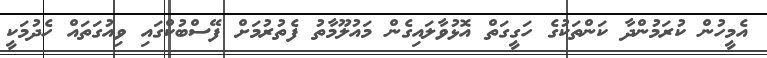
އެމީހުން ކުރަމުންދާ ކަންތަކުގެ ހަގީގަތް އޮޅުވާލައިގެން މައުލޫމާތު ފެތުރުމަށް ފޭސްބުކްގައި ވިއުގަތައް ހެދުމަކީ